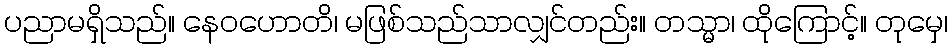
ပညာမရှိသည်။ နေဝဟောတိ၊ မဖြစ်သည်သာလျှင်တည်း။ တသ္မာ၊ ထိုကြောင့်။ တုမှေ၊